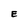
Character: E